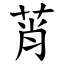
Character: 莦